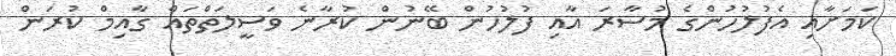
ކަމަށާއި އެފުލުހުންގެ މުސާރަ އާއި ފުލުހުން ބޭނުން ކުރާނެ ވަސީލަތްތައް ގާއިމް ކުރަން